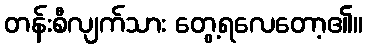
တန်းစီလျက်သား တွေ့ရလေတော့၏။